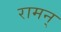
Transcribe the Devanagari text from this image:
रामन्‌